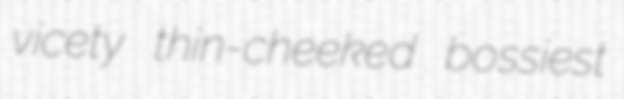
vicety thin-cheeked bossiest